Annual statistical returns and brief notes on vaccination in Bengal - 1909-1929
Year: 1909
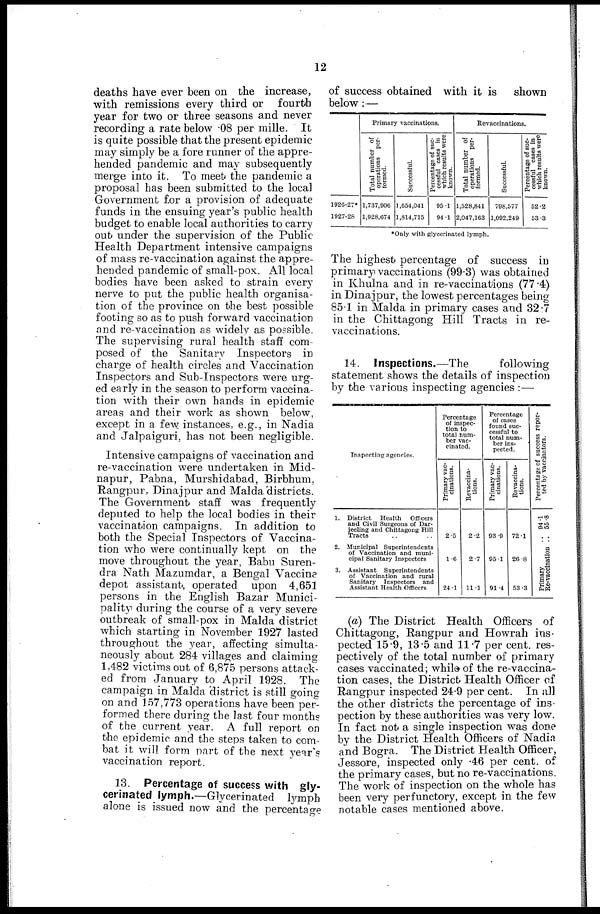
12
deaths have ever been on the increase,
with remissions every third or fourth
year for two or three seasons and never
recording a rate below .08 per mille. It
is quite possible that the present epidemic
may simply be a fore runner of the appre-
hended pandemic and may subsequently
merge into it. To meet the pandemic a
proposal has been submitted to the local
Government for a provision of adequate
funds in the ensuing year's public health
budget to enable local authorities to carry
out under the supervision of the Public
Health Department intensive campaigns
of mass re-vaccination against the appre-
hended pandemic of small-pox. All local
bodies have been asked to strain every
nerve to put the public health organisa-
tion of the province on the best possible
footing so as to push forward vaccination
and re-vaccination as widely as possible.
The supervising rural health staff com-
posed of the Sanitary Inspectors in
charge of health circles and Vaccination
Inspectors and Sub-Inspectors were urg-
ed early in the season to perform vaccina-
tion with their own hands in epidemic
areas and their work as shown below,
except in a few instances, e.g., in Nadia
and Jalpaiguri, has not been negligible.
Intensive campaigns of vaccination and
re-vaccination were undertaken in Mid-
napur, Pabna, Murshidabad, Birbhum,
Rangpur, Dinajpur and Malda districts.
The Government staff was frequently
deputed to help the local bodies in their
vaccination campaigns. In addition to
both the Special Inspectors of Vaccina-
tion who were continually kept on the
move throughout the year, Babu Suren-
dra Nath Mazumdar, a Bengal Vaccine
depot assistant, operated upon 4,651
persons in the English Bazar Munici-
pality during the course of a very severe
outbreak of small-pox in Malda district
which starting in November 1927 lasted
throughout the year, affecting simulta-
neously about 284 villages and claiming
1,482 victims out of 6,875 persons attack-
ed from January to April 1928. The
campaign in Malda district is still going
on and 157,773 operations have been per-
formed there during the last four months
of the current year. A full report on
the epidemic and the steps taken to com-
bat it will form part of the next year's
vaccination report.
13. Percentage of success with gly-
cerinated lymph.—Glycerinated lymph
alone is issued now and the percentage
of success obtained with it is shown
below:—
1926-27*
1927-28
Primary vaccinations.
Total number of
operations per-
formed.
1,737,906
1,928,674
Successful.
1,654,041
1,814,715
Percentage of suc-
cessful cases in
which results were
known.
95.1
94.1
Revaccinations.
Total number of
operations per-
formed.
1,528,841
2,047,163
Successful.
798,577
1,092,249
Percentage of suc-
cessful cases in
which results were
known.
52.2
53.3
*Only with glycerinated lymph.
The highest percentage of success in
primary vaccinations (99.3) was obtained
in Khulna and in re-vaccinations (77.4)
in Dinajpur, the lowest percentages being
85.1 in Malda in primary cases and 32.7
in the Chittagong Hill Tracts in re-
vaccinations.
14. Inspections.—The
following
statement shows the details of inspection
by the various inspecting agencies :—
Inspecting agencies.
1.
2.
3.
District Health
Officers
and Civil Surgeons of Dar-
jeeling and Chittagong Hill
Tracts .. ..
Municipal Superintendents
of Vaccination and muni-
cipal Sanitary Inspectors
Assistant Superintendents
of Vaccination and rural
Sanitary Inspectors and
Assistant Health Officers
Percentage
of inspec-
tion to
total num-
ber vac-
cinated.
Primary vac-
cinations.
2.5
1.6
24.1
Revaccina-
tions.
2.2
2.7
11.1
Percentage
of cases
found suc-
cessful to
total num-
ber ins-
pected.
Primary vac-
cinations.
93.9
95.1
91.4
Revaccina-
tions.
72.1
26.8
53.3
Percentage of success repor-
ted by vaccinators.
94.1
Primary
55.8
Re-vaccination ..
(a) The District Health Officers of
Chittagong, Rangpur and Howrah ins-
pected 15.9, 13.5 and 11.7 per cent. res-
pectively of the total number of primary
cases vaccinated; while of the re-vaccina-
tion cases, the District Health Officer of
Rangpur inspected 24.9 per cent. In all
the other districts the percentage of ins-
pection by these authorities was very low.
In fact not a single inspection was done
by the District Health Officers of Nadia
and Bogra. The District Health Officer,
Jessore, inspected only .46 per cent. of
the primary cases, but no re-vaccinations.
The work of inspection on the whole has
been very perfunctory, except in the few
notable cases mentioned above.